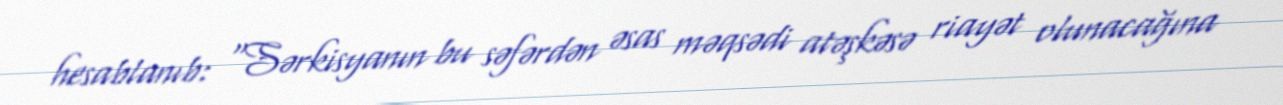
hesablanıb: “Sərkisyanın bu səfərdən əsas məqsədi atəşkəsə riayət olunacağına